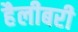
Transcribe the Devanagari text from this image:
हैलीबरी